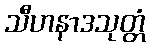
သီဟနာဒသုတ္တံ